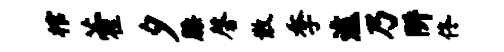
棺藿夕膝磬散季遽乃阱佟